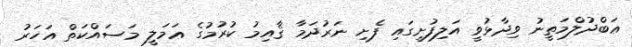
ޢަބްދުލްމަތީނު ވިދާޅުވީ އަލިފުށީގައި ފެށި ނަރުދަމާ ޤާއިމު ކުރުމުގެ ޢަމަލީ މަސައްކަތް އަހަރު